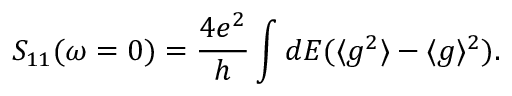
{ S _ { 1 1 } ( \omega = 0 ) = \frac { 4 e ^ { 2 } } { h } \int d E ( \langle g ^ { 2 } \rangle - \langle g \rangle ^ { 2 } ) } .